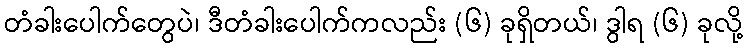
တံခါးပေါက်တွေပဲ၊ ဒီတံခါးပေါက်ကလည်း (၆) ခုရှိတယ်၊ ဒွါရ (၆) ခုလို့